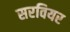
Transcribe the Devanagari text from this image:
सरवियर